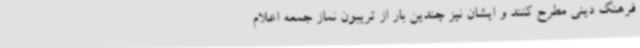
فرهنگ دینی مطرح کنند و ایشان نیز چندین بار از تریبون نماز جمعه اعلام